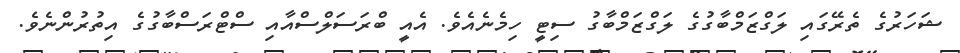
ޝަހަރުގެ ތެރޭގައި ލަގްޒަމްބާގުގެ ލަގްޒަމްބާގު ސިޓީ ހިމެނެއެވެ. އެއީ ބްރަސަލްސްއާއި ސްޓްރަސްބާގުގެ އިތުރުންނެވެ.